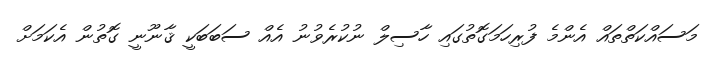
މަސައްކަތްތައް އެންމެ ފުރިހަމަގޮތުގައި ހާސިލް ނުކުރެވުނު އެއް ސަބަބަކީ ޤާނޫނީ ގޮތުން އެކަމަށް